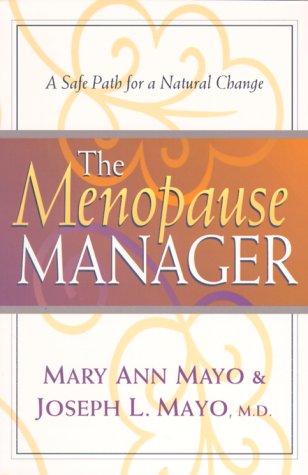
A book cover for The Menopause Manager : A Safe Path for a Natural Change; Mary Ann Mayo; Health, Fitness & Dieting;